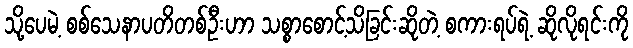
သို့ပေမဲ့ စစ်သေနာပတိတစ်ဦးဟာ သစ္စာစောင့်သိခြင်းဆိုတဲ့ စကားရပ်ရဲ့ ဆိုလိုရင်းကို